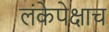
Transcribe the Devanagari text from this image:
लंकेपेक्षाच